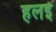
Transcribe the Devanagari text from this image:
हलई